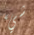
شيء